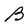
Character: B